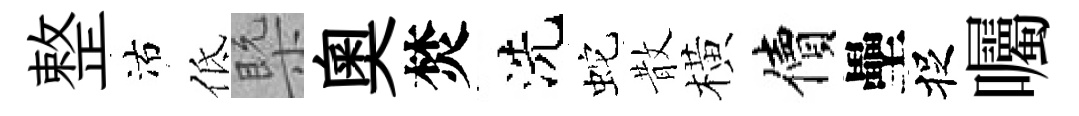
整沽低槩奥焚洗蛇散橫價壘捉囑